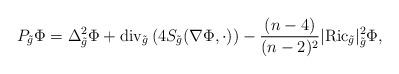
LaTeX: \begin{align*}P_{\tilde{g}}\Phi=\Delta^2_{\tilde{g}}\Phi + \mathrm{div}_{\tilde{g}}\left(4S_{\tilde{g}}(\nabla\Phi,\cdot) \right) -\frac{(n-4)}{(n-2)^2}|\mathrm{Ric}_{\tilde{g}}|^2_{\tilde{g}}\Phi,\end{align*}